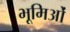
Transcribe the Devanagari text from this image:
भूमिओं